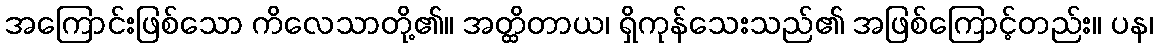
အကြောင်းဖြစ်သော ကိလေသာတို့၏။ အတ္ထိတာယ၊ ရှိကုန်သေးသည်၏ အဖြစ်ကြောင့်တည်း။ ပန၊